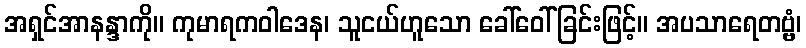
အရှင်အာနန္ဒာကို။ ကုမာရကဝါဒေန၊ သူငယ်ဟူသော ခေါ်ဝေါ်ခြင်းဖြင့်။ အပသာရေတဗ္ဗံ၊